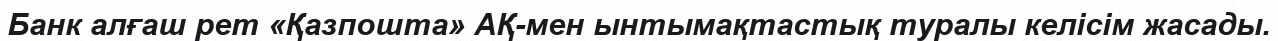
Банк алғаш рет «Қазпошта» АҚ-мен ынтымақтастық туралы келісім жасады.